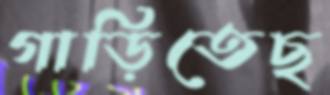
গাড়িতেছ